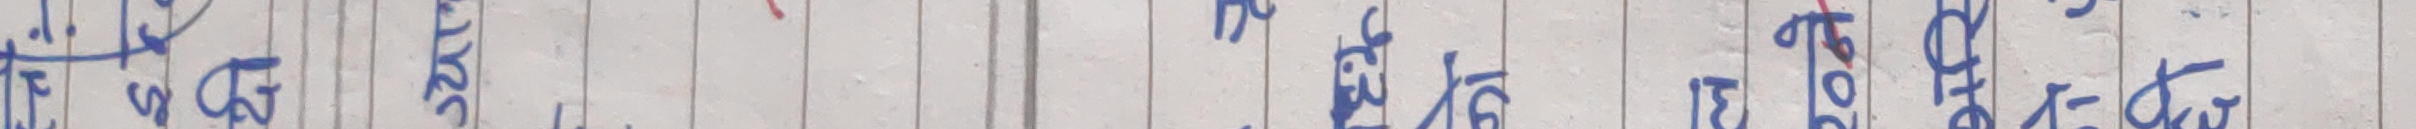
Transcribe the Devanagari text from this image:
१६ अनुगमन सगत १६ ८ तेरु